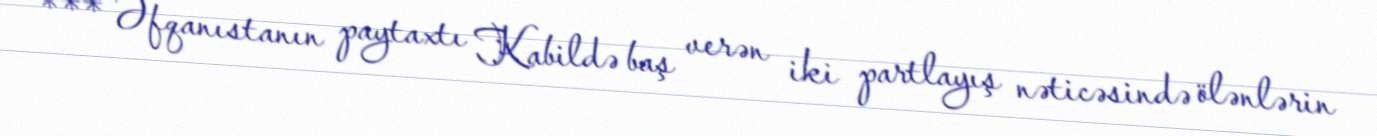
*** Əfqanıstanın paytaxtı Kabildə baş verən iki partlayış nəticəsində ölənlərin